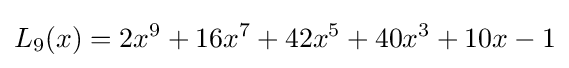
L_{9}(x)=2x^{9}+16x^{7}+42x^{5}+40x^{3}+10x-1